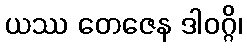
ယဿ တေဇေန ဒါဝဂ္ဂိ၊